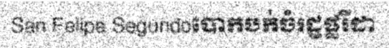
San Felipe Segundoបោកបក់ចំរដ្ឋផ្លរីដា